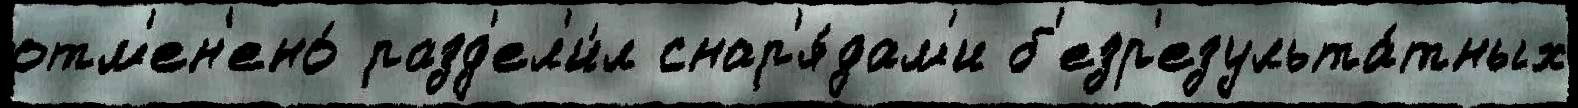
отм'ен'ено́ разд'ел'и́л снар'я́дам'и б'езр'езульта́тных